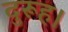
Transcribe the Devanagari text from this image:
दुरूह।